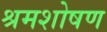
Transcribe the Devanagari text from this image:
श्रमशोषण